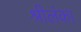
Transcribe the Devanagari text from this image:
श्रीलंंका